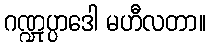
ဂဏ္ဍုပ္ပာဒေါ မဟီလတာ။